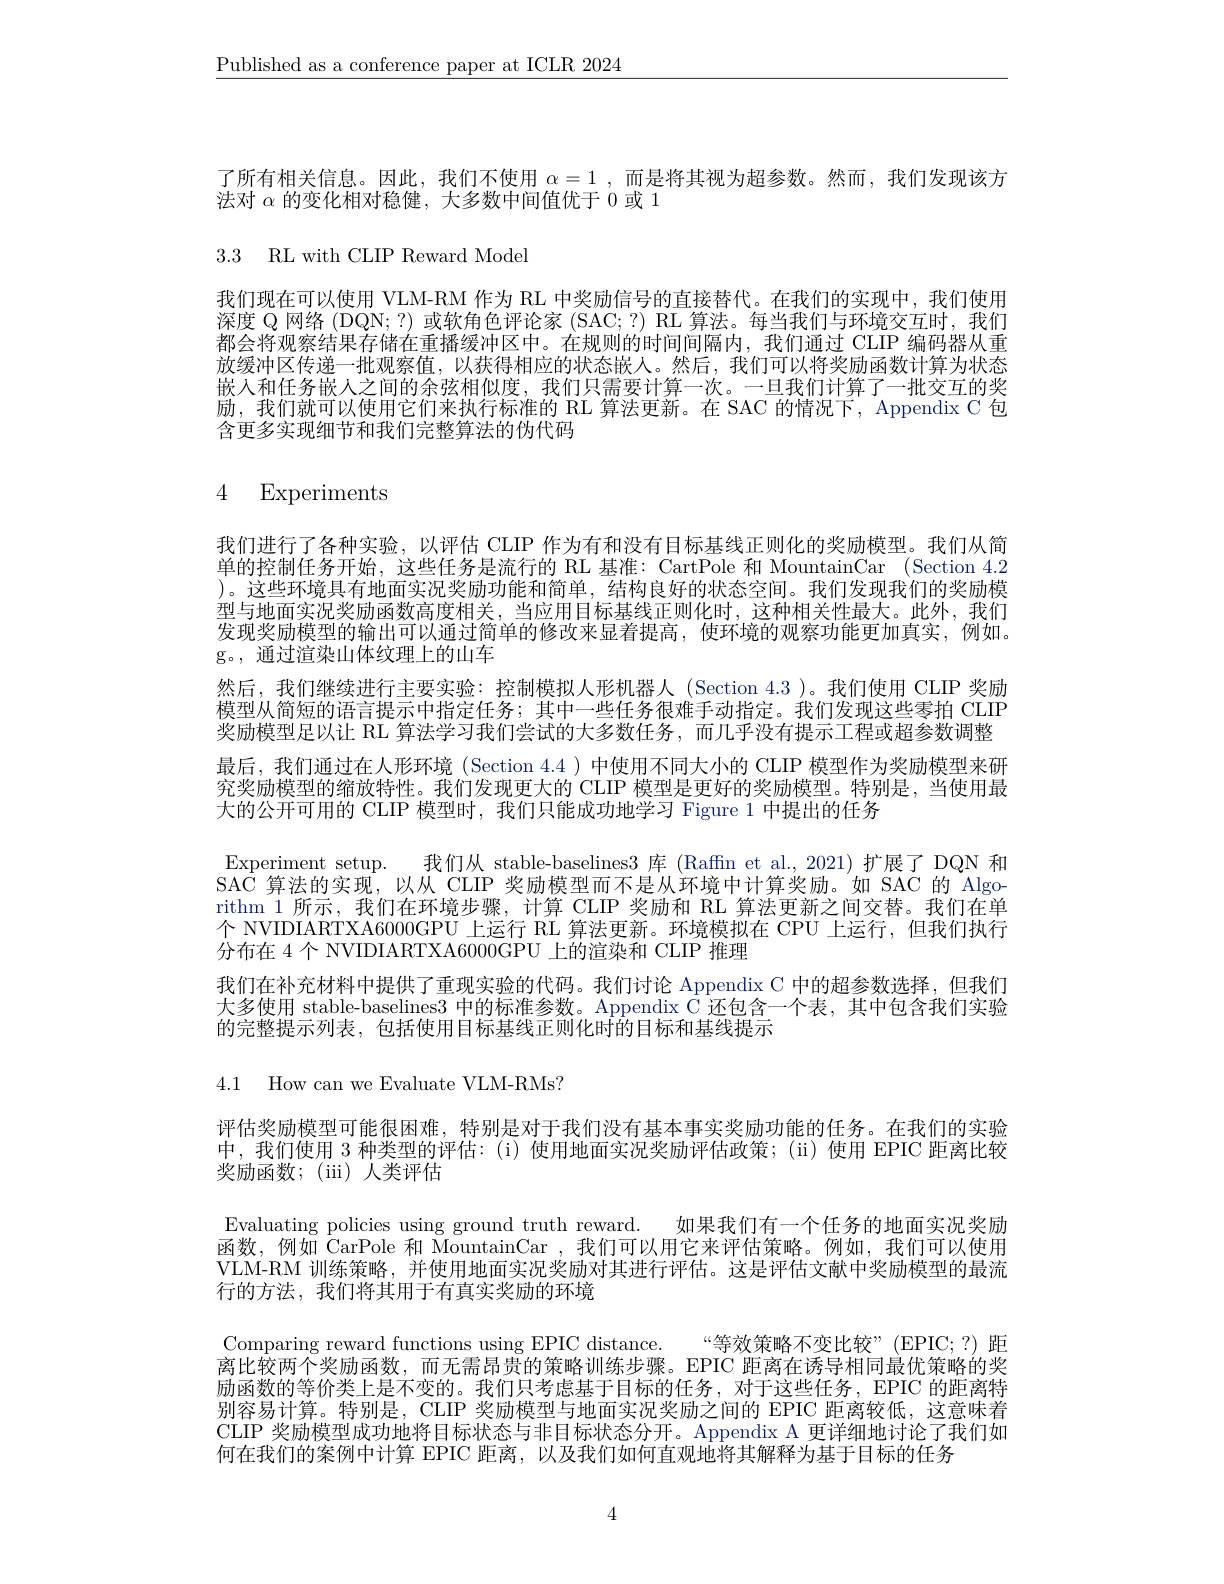
$\underline{\text{Published as a conference paper at ICLR 2024}}$

了所有相关信息。因此，我们不使用$\alpha = 1$ , 而是将其视为超参数。然而，我们发现该方
法对$\alpha$的变化相对稳健，大多数中间值优于 0 或 1

3.3 RL with CLIP Reward Model

我们现在可以使用 VLM-RM 作为 RL 中奖励信号的直接替代。在我们的实现中，我们使用深度 Q 网络 (DQN; ?) 或软角色评论家 (SAC;?) RL 算法。每当我们与环境交互时，我们都会将观察结果存储在重播缓冲区中。在规则的时间间隔内，我们通过 CLIP 编码器从重放缓冲区传递一批观察值，以获得相应的状态嵌人。然后，我们可以将奖励函数计算为状态嵌人和任务嵌人之间的余弦相似度，我们只需要计算一次。一旦我们计算了一批交互的奖励，我们就可以使用它们来执行标准的 RL 算法更新。在 SAC 的情况下，Appendix C 包含更多实现细节和我们完整算法的伪代码

# 4 Experiments

我们进行了各种实验，以评估 CLIP 作为有和没有目标基线正则化的奖励模型。我们从简单的控制任务开始，这些任务是流行的 RL 基准：CartPole 和 MountainCar (Section 4.2 )。这些环境具有地面实况奖励功能和简单，结构良好的状态空间。我们发现我们的奖励模型与地面实况奖励函数高度相关，当应用目标基线正则化时，这种相关性最大。此外，我们发现奖励模型的输出可以通过简单的修改来显着提高，使环境的观察功能更加真实，例如。g。, 通过渲染山体纹理上的山车
然后，我们继续进行主要实验：控制模拟人形机器人(Section 4.3)。我们使用 CLIP 奖励模型从简短的语言提示中指定任务；其中一些任务很难手动指定。我们发现这些零拍 CLIP 奖励模型足以让 RL 算法学习我们尝试的大多数任务，而几乎没有提示工程或超参数调整最后，我们通过在人形环境 (Section 4.4 )中使用不同大小的 CLIP 模型作为奖励模型来研究奖励模型的缩放特性。我们发现更大的 CLIP 模型是更好的奖励模型。特别是，当使用最大的公开可用的 CLIP 模型时，我们只能成功地学习 Figure 1 中提出的任务
Experiment setup. 我们从 stable-baselines3 库 (Raffn et al.,2021)扩展了 DQN 和SAC 算法的实现，以从 CLIP 奖励模型而不是从环境中计算奖励。如 SAC 的 Algorithm 1 所示，我们在环境步骤，计算 CLIP 奖励和 RL 算法更新之间交替。我们在单个 NVIDIARTXA6000GPU 上运行 RL 算法更新。环境模拟在 CPU 上运行，但我们执行分布在 4 个 NVIDIARTXA6000GPU 上的渲染和 CLIP 推理
我们在补充材料中提供了重现实验的代码。我们讨论 Appendix C 中的超参数选择，但我们大多使用 stable-baselines3 中的标准参数。Appendix C 还包含一个表，其中包含我们实验的完整提示列表，包括使用目标基线正则化时的目标和基线提示

4.1 How can we Evaluate VLM-RMs?

评估奖励模型可能很困难，特别是对于我们没有基本事实奖励功能的任务。在我们的实验中，我们使用 3 种类型的评估：(i) 使用地面实况奖励评估政策；(ii)使用 EPIC 距离比较奖励函数；(iii)人类评估

Evaluating policies using ground truth reward. 如果我们有一个任务的地面实况奖励函数，例如 CarPole 和 MountainCar ,我们可以用它来评估策略。例如，我们可以使用VLM-RM 训练策略，并使用地面实况奖励对其进行评估。这是评估文献中奖励模型的最流行的方法，我们将其用于有真实奖励的环境

Comparing reward functions using EPIC distance. “等效策略不变比较”(EPIC;?)距离比较两个奖励函数，而无需昂贵的策略训练步骤。EPIC 距离在诱导相同最优策略的奖励函数的等价类上是不变的。我们只考虑基于目标的任务，对于这些任务，EPIC 的距离特别容易计算。特别是，CLIP 奖励模型与地面实况奖励之间的 EPIC 距离较低，这意味着CLIP 奖励模型成功地将目标状态与非目标状态分开。Appendix A 更详细地讨论了我们如何在我们的案例中计算 EPIC 距离，以及我们如何直观地将其解释为基于目标的任务

4